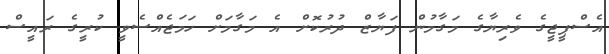
އެސްޕީޖީގެ ވެރިޔާގެ މަގާމުން ފަޔާޒް ދުރުކޮށް އެ މަގާމަށް ހަމަޖެއްސެވީ ކުރީގެ ރައީސް